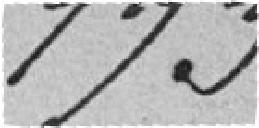
173